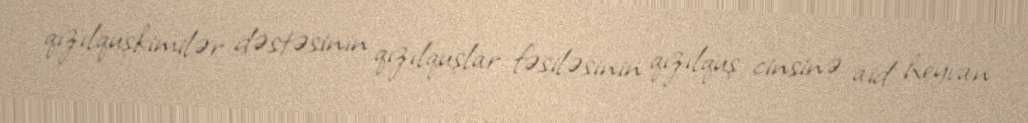
qızılquşkimilər dəstəsinin qızılquşlar fəsiləsinin qızılquş cinsinə aid heyvan